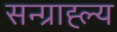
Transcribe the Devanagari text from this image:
सन्ग्राह्ल्य